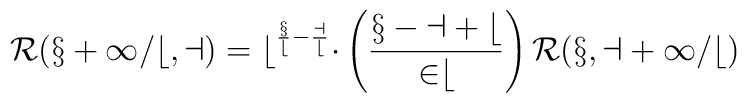
\cal R(x+1/b,a)=b^{\frac xb-\frac ab}\Delta\left(\frac{x-a+b}{2b}\right)\cal R(x,a+1/b)